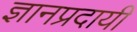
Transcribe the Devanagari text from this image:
ज्ञानप्रदायी